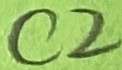
Text: C2